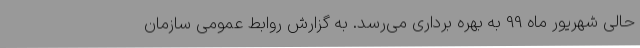
حالی شهریور ماه 99 به بهره برداری می‌رسد. به گزارش روابط عمومی سازمان